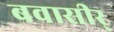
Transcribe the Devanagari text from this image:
बवासीर्